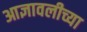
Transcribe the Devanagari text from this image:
आज्ञावलीच्या